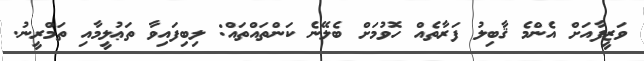
ވަޒީފާއަށް އެންމެ ޤާބިލު ފަރާތެއް ހޮވުމަށް ބެލޭނެ ކަންތައްތައް: ލިބިފައިވާ ތަޢުލީމާއި ތަމްރީނު.